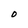
Character: O